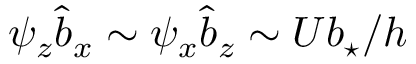
\psi _ { z } \hat { b } _ { x } \sim \psi _ { x } \hat { b } _ { z } \sim U { \ensuremath { b _ { \star } } } / h